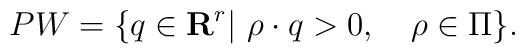
PW=\{q\in{\bf R}^r|\ \rho\cdot q>0,\quad \rho\in\Pi\}.